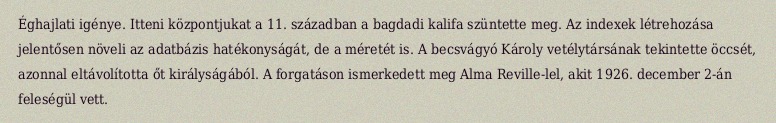
Éghajlati igénye. Itteni központjukat a 11. században a bagdadi kalifa szüntette meg. Az indexek létrehozása jelentősen növeli az adatbázis hatékonyságát, de a méretét is. A becsvágyó Károly vetélytársának tekintette öccsét, azonnal eltávolította őt királyságából. A forgatáson ismerkedett meg Alma Reville-lel, akit 1926. december 2-án feleségül vett.